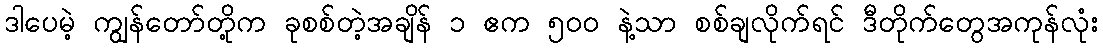
ဒါပေမဲ့ ကျွန်တော်တို့က ခုစစ်တဲ့အချိန် ၁ ဧက ၅၀၀ နဲ့သာ စစ်ချလိုက်ရင် ဒီတိုက်တွေအကုန်လုံး